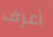
أعرف